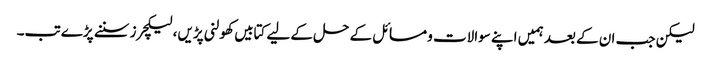
لیکن جب ان کے بعد ہمیں اپنے سوالات و مسائل کے حل کے لیے کتابیں کھولنی پڑیں، لیکچرز سننے پڑے تب۔